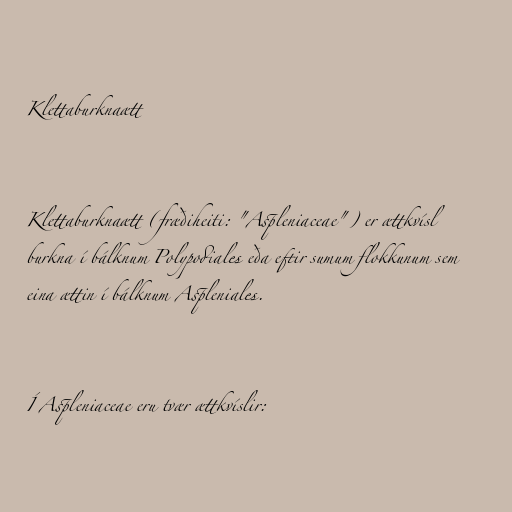
Klettaburknaætt

Klettaburknaætt (fræðiheiti: "Aspleniaceae") er ættkvísl
burkna í bálknum Polypodiales eða eftir sumum flokkunum sem
eina ættin í bálknum Aspleniales.

Í Aspleniaceae eru tvær ættkvíslir: